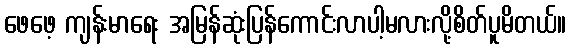
ဖေဖေ့ ကျန်းမာရေး အမြန်ဆုံးပြန်ကောင်းလာပါ့မလားလို့စိတ်ပူမိတယ်။